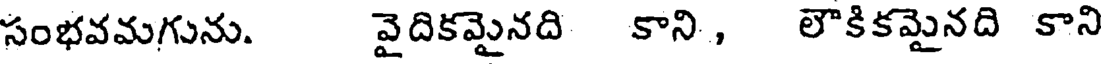
సంభవమగును. వైదికమైనది కాని , లౌకికమైనది కాని